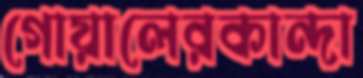
গোয়ালেরকান্দা